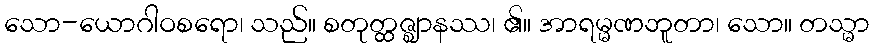
သော-ယောဂါဝစရော၊ သည်။ စတုတ္ထဇ္ဈာနဿ၊ ၏။ အာရမ္မဏဘူတာ၊ သော။ တသ္မာ